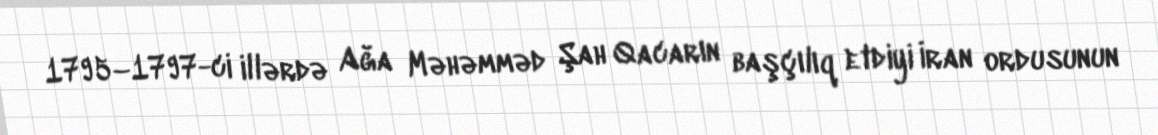
1795–1797-ci illərdə Ağa Məhəmməd Şah Qacarın başçılıq etdiyi İran ordusunun